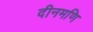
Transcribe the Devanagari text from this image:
दीनमणि